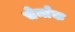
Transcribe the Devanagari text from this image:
चेर्माक